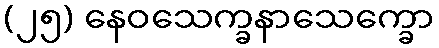
(၂၅) နေဝသေက္ခနာသေက္ခော